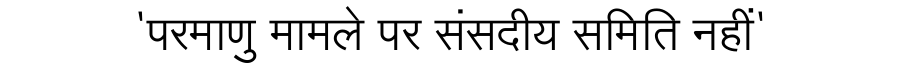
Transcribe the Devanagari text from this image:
'परमाणु मामले पर संसदीय समिति नहीं'